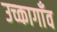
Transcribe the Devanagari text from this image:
उच्कागाँव